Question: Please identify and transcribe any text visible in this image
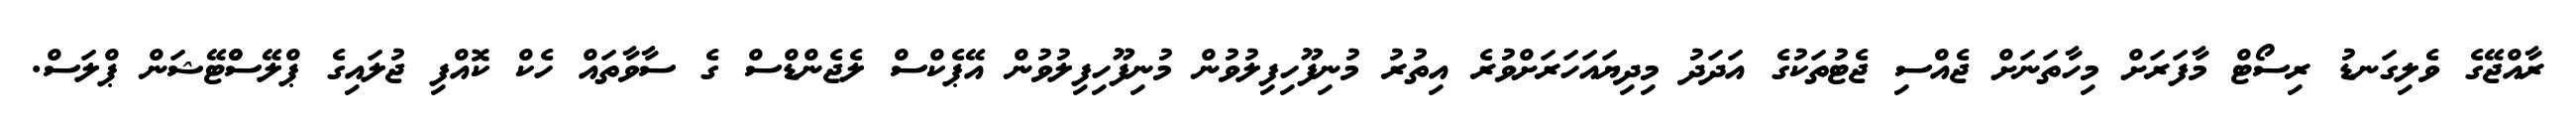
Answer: ރާއްޖޭގެ ވެލިގަނޑު ރިސޯޓް މާފަރަށް މިހާތަނަށް ޖެއްސި ޖެޓުތަކުގެ އަދަދު މިދިޔައަހަރަށްވުރެ އިތުރު މުނިފޫހިފިލުވުން މުނިފޫހިފިލުވުން އޭޕެކްސް ލެޖެންޑްސް ގެ ސާވާތައް ހެކް ކޮއްފި ޖުލައިގެ ޕްލޭސްްޓޭޝަން ޕްލަސް.